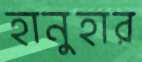
হানুহার